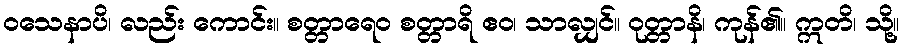
ဝသေနာပိ၊ လည်း ကောင်း။ စတ္တာရေဝ စတ္တာရိ ဧဝ၊ သာလျှင်။ ဝုတ္တာနိ၊ ကုန်၏။ ဣတိ၊ သို့။